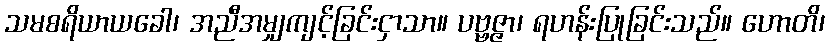
သမစရိယာယခေါ၊ အညီအမျှကျင့်ခြင်းငှာသာ။ ပဗ္ဗဇ္ဇာ၊ ရဟန်းပြုခြင်းသည်။ ဟောတိ၊